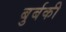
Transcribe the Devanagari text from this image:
बुर्बकी